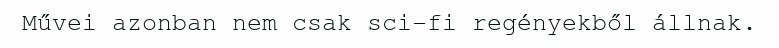
Művei azonban nem csak sci-fi regényekből állnak.